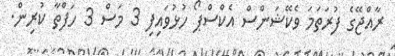
ރާއްޖޭގެ ފުރަތަމަ ވެކޭޝަންސް އެކްސްޕޯ ހުޅުވައިފި 3 މަސް 3 ހަފްތާ ކުރިން.